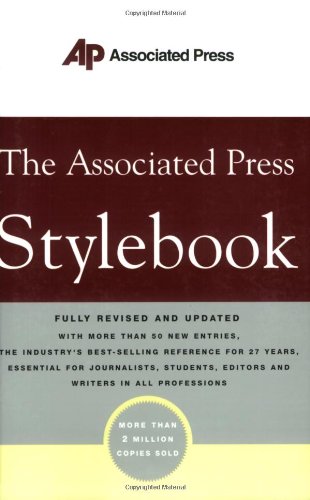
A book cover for The Associated Press Stylebook; Norm Goldstein; Law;